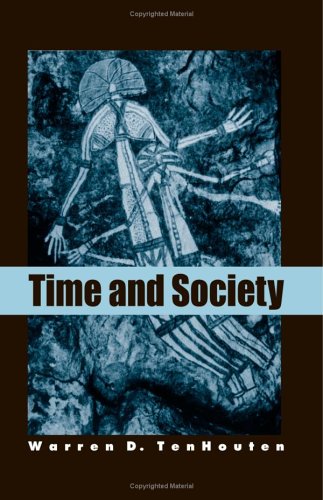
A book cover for Time And Society; Warren D. Tenhouten; Science & Math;